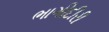
ભાગીદીરી